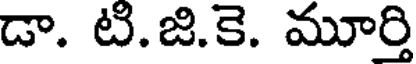
డా. టి.జి.కె. మూర్తి